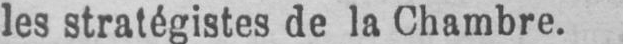
les stratégistes de la Chambre.